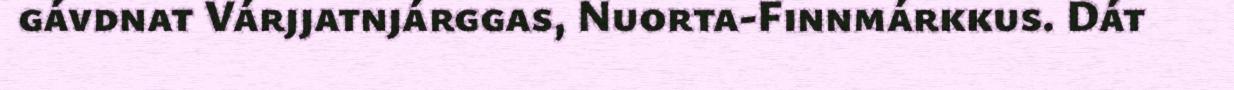
gávdnat Várjjatnjárggas, Nuorta-Finnmárkkus. Dát